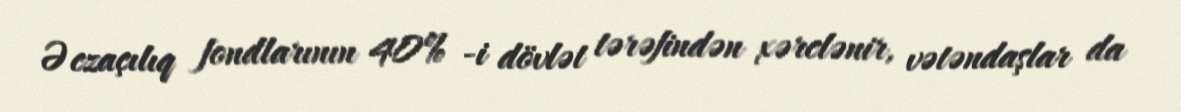
Əczaçılıq fondlarının 40% -i dövlət tərəfindən xərclənir, vətəndaşlar da